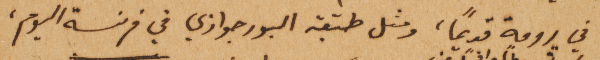
في رومة قديماً، ومثل طبقة البورجوازي في فرنسة اليوم،